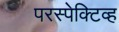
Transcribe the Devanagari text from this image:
परस्पेक्टिव्ह